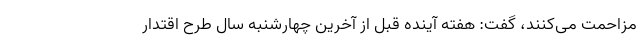
مزاحمت می‌کنند، گفت: هفته آینده قبل از آخرین چهارشنبه سال طرح اقتدار